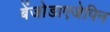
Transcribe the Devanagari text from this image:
बेंजोडाएजेपिन